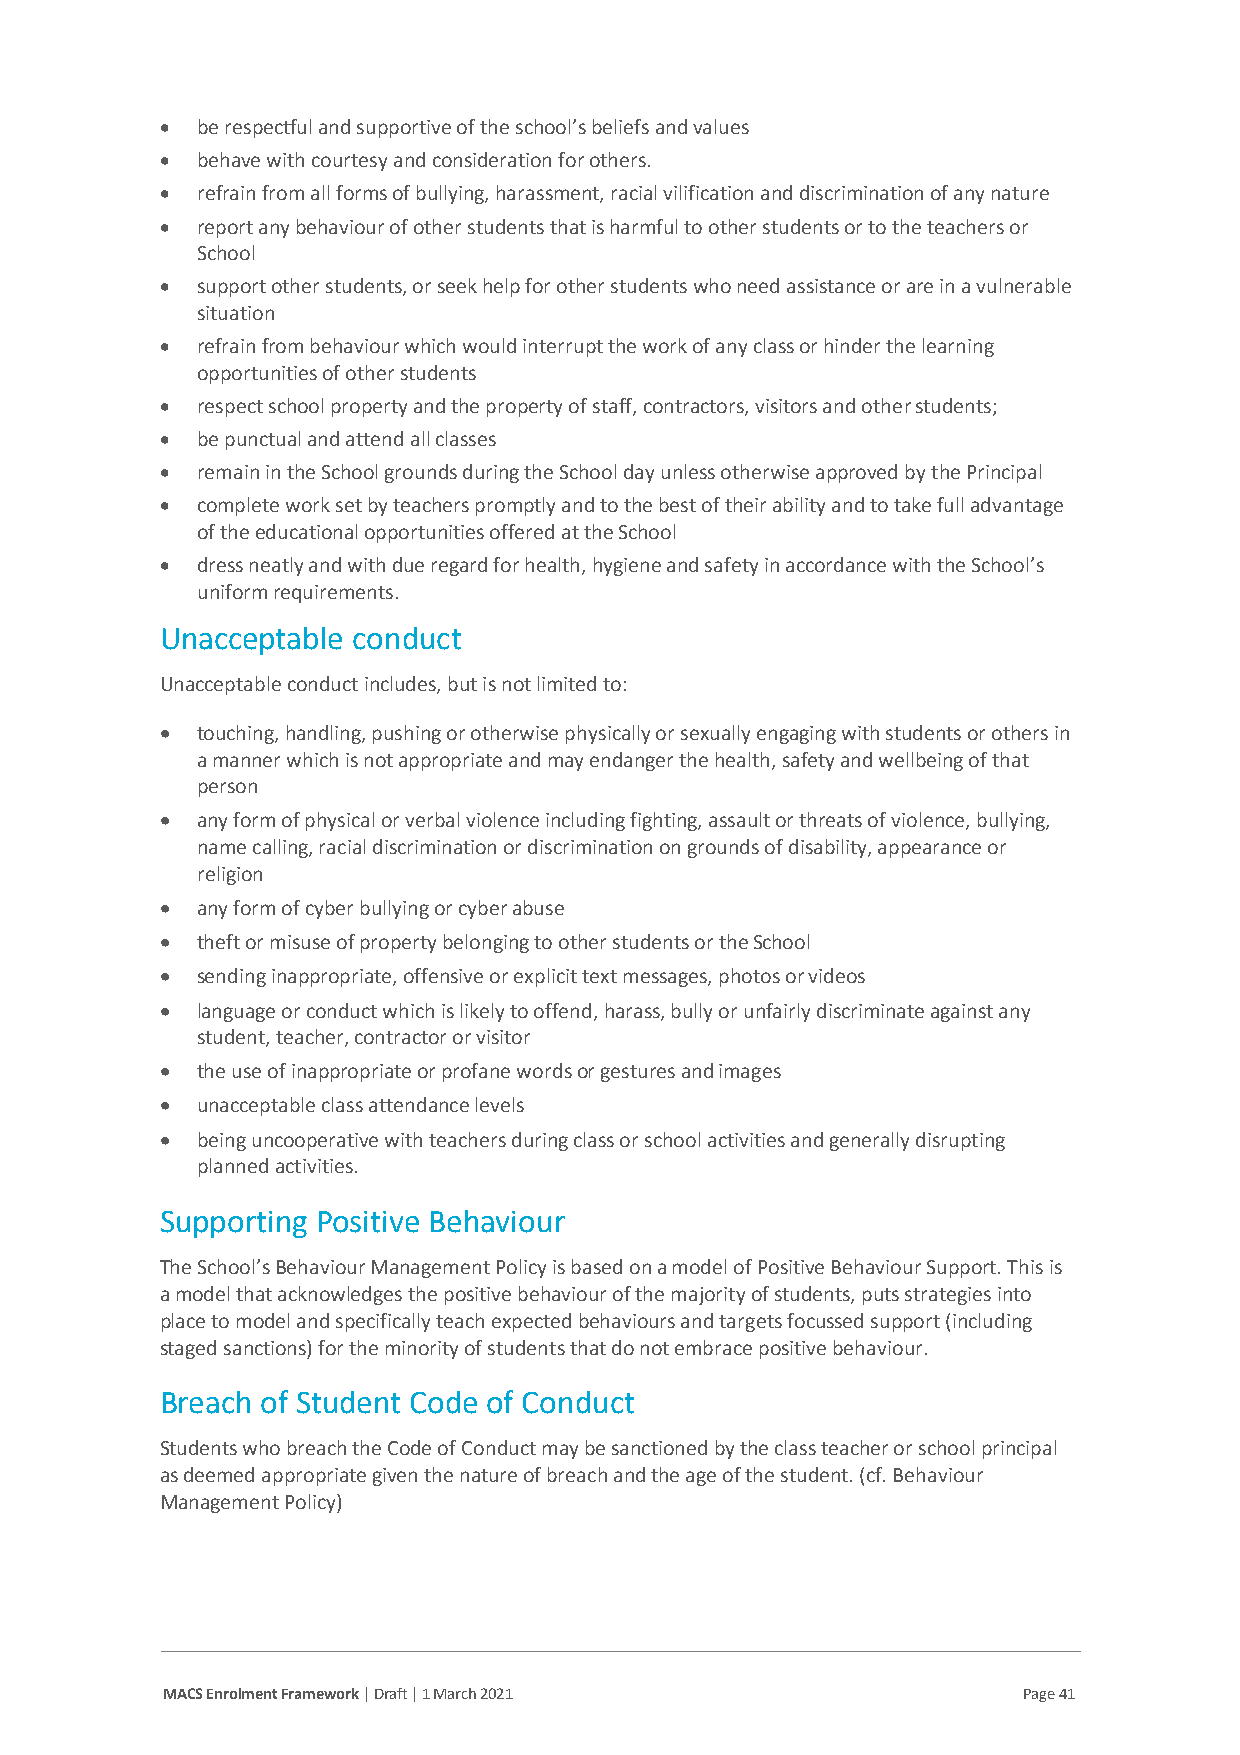
• be respectful and supportive of the school’s beliefs and values
 • behave with courtesy and consideration for others.
 • refrain from all forms of bullying, harassment, racial vilification and discrimination of any nature
 • report any behaviour of other students that is harmful to other students or to the teachers or
 School
 • support other students, or seek help for other students who need assistance or are in a vulnerable
 situation
 • refrain from behaviour which would interrupt the work of any class or hinder the learning
 opportunities of other students
 • respect school property and the property of staff, contractors, visitors and other students;
 • be punctual and attend all classes
 • remain in the School grounds during the School day unless otherwise approved by the Principal
 • complete work set by teachers promptly and to the best of their ability and to take full advantage
 of the educational opportunities offered at the School
 • dress neatly and with due regard for health, hygiene and safety in accordance with the School’s
 uniform requirements.
 Unacceptable conduct
 Unacceptable conduct includes, but is not limited to:
 • touching, handling, pushing or otherwise physically or sexually engaging with students or others in
 a manner which is not appropriate and may endanger the health, safety and wellbeing of that
 person
 • any form of physical or verbal violence including fighting, assault or threats of violence, bullying,
 name calling, racial discrimination or discrimination on grounds of disability, appearance or
 religion
 • any form of cyber bullying or cyber abuse
 • theft or misuse of property belonging to other students or the School
 • sending inappropriate, offensive or explicit text messages, photos or videos
 • language or conduct which is likely to offend, harass, bully or unfairly discriminate against any
 student, teacher, contractor or visitor
 • the use of inappropriate or profane words or gestures and images
 • unacceptable class attendance levels
 • being uncooperative with teachers during class or school activities and generally disrupting
 planned activities.
 Supporting Positive Behaviour
 The School’s Behaviour Management Policy is based on a model of Positive Behaviour Support. This is
 a model that acknowledges the positive behaviour of the majority of students, puts strategies into
 place to model and specifically teach expected behaviours and targets focussed support (including
 staged sanctions) for the minority of students that do not embrace positive behaviour.
 Breach of Student Code of Conduct
 Students who breach the Code of Conduct may be sanctioned by the class teacher or school principal
 as deemed appropriate given the nature of breach and the age of the student. (cf. Behaviour
 Management Policy)
 MACS Enrolment Framework | Draft | 1 March 2021          Page 41